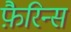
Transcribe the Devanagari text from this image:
फ़ैरिन्स